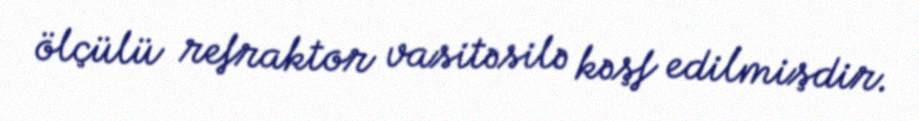
ölçülü refraktor vasitəsilə kəşf edilmişdir.